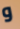
و